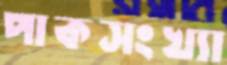
পাকসংখ্যা